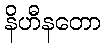
နိဟီနတော